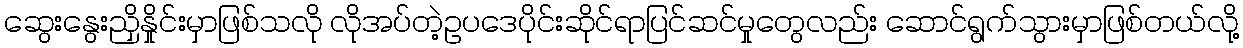
ဆွေးနွေးညှိနှိုင်းမှာဖြစ်သလို လိုအပ်တဲ့ဥပဒေပိုင်းဆိုင်ရာပြင်ဆင်မှုတွေလည်း ဆောင်ရွက်သွားမှာဖြစ်တယ်လို့